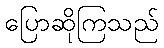
ပြောဆိုကြသည်